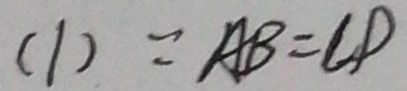
( 1 ) = A B = C D